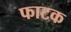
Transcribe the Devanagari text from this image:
फाटक